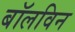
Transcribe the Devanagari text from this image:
बॉलविन